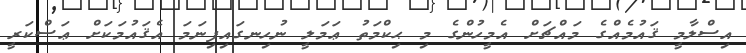
އިސްލާމީ ޤައުމެއްގެ މައްޗަށް އެމީހުންގެ މި ޙިކްމަތު ޢަމަލީ ނުހިނގައިފިނަމަ އެޤައުމަކަށް ޢަސްކަރީ